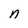
Character: n